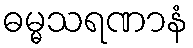
ဓမ္မသရဏာနံ